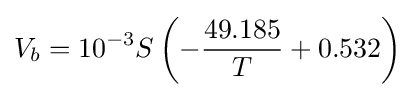
V_{b}=10^{-3}S\left(-{\frac {49.185}{T}}+0.532\right)